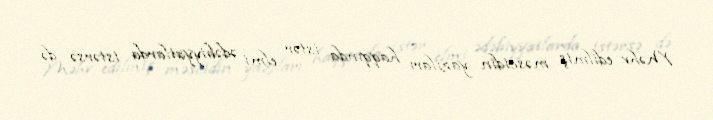
Məhv edilmiş məscidin yazıları haqqında istər elmi ədəbiyyatlarda istərsə də